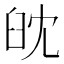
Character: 𦥟